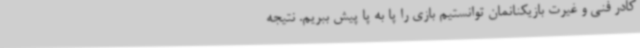
کادر فنی و غیرت بازیکنانمان توانستیم بازی را پا به پا پیش ببریم. نتیجه